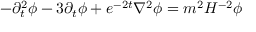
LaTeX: - { \partial } _ { t } ^ { 2 } \phi - 3 { \partial } _ { t } \phi + e ^ { - 2 t } \nabla ^ { 2 } \phi = m ^ { 2 } H ^ { - 2 } \phi